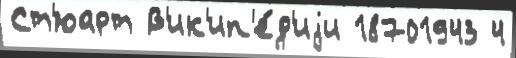
Ст'юарт В'ик'ип'е́д'иjи 18701943 4